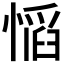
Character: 𫺼